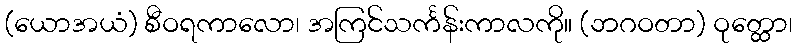
(ယောအယံ) စီဝရကာလော၊ အကြင်သင်္ကန်းကာလကို။ (ဘဂဝတာ) ဝုတ္ထော၊